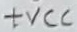
Text: +VCC